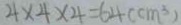
4 \times 4 \times 4 = 6 4 ( c m ^ { 3 } )